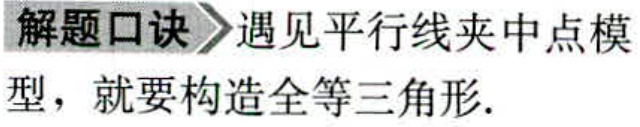
解题口诀 遇见平行线夹中点模型，就要构造全等三角形.